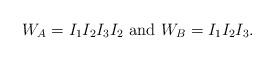
LaTeX: \begin{align*}W_A=I_1I_2I_3I_2\mbox{ and }W_B=I_1I_2I_3.\end{align*}